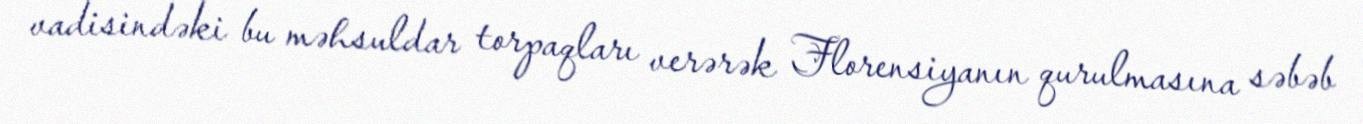
vadisindəki bu məhsuldar torpaqları verərək Florensiyanın qurulmasına səbəb